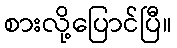
စားလို့ပြောင်ပြီ။